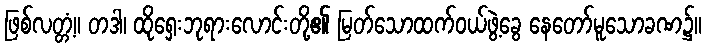
ဖြစ်လတ္တံ့။ တဒါ၊ ထိုရှေးဘုရားလောင်းတို့၏ မြတ်သောထက်ဝယ်ဖွဲ့ခွေ နေတော်မူသောခဏ၌။